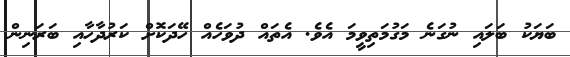
ބަޔަކު ބަލައި ނުގަނެ މަގުމަތިވީމަ އެވެ. އެތައް ދުވަހެއް ހޭދަކޮށް ކަރުދާހާއި ބަރަނިން